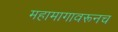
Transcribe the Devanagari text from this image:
महामागावरूनच